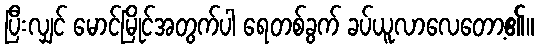
ပြီးလျှင် မောင်မြိုင်အတွက်ပါ ရေတစ်ခွက် ခပ်ယူလာလေတော့၏။